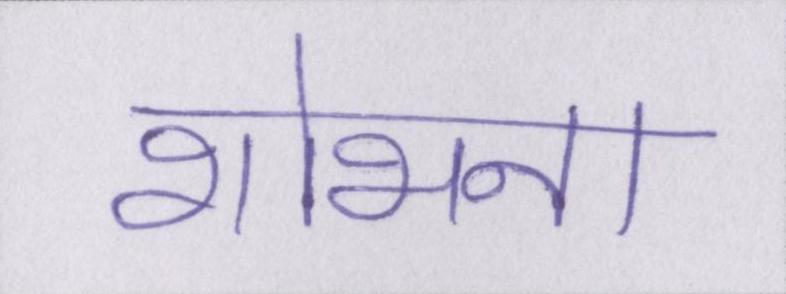
शोभना